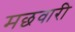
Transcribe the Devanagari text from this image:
मछवारी